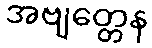
အဗျတ္တေန